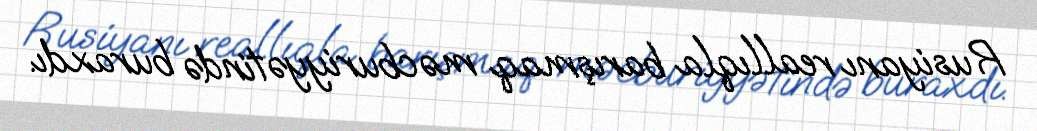
Rusiyanı reallıqla barışmaq məcburiyyətində buraxdı.